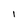
Character: l